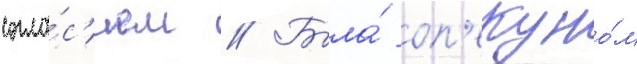
согла́с'ием // Была́ оп'екуно́м